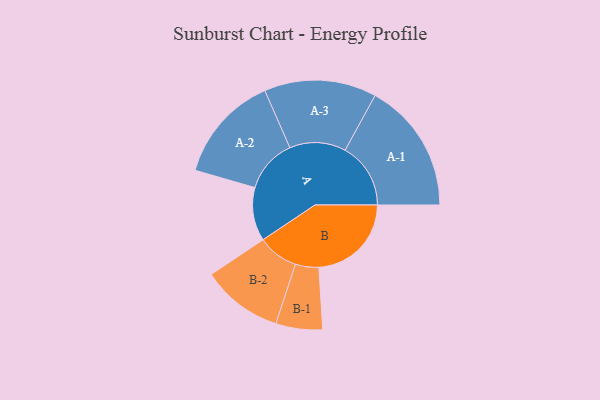
{"axis": {"x": "Segment", "y": "Value"}, "legend": ["", "A", "B"], "data": [{"x": "A", "y": 238, "type": ""}, {"x": "B", "y": 412, "type": ""}, {"x": "A-1", "y": 292, "type": "A"}, {"x": "A-2", "y": 239, "type": "A"}, {"x": "A-3", "y": 250, "type": "A"}, {"x": "B-1", "y": 104, "type": "B"}, {"x": "B-2", "y": 181, "type": "B"}]}